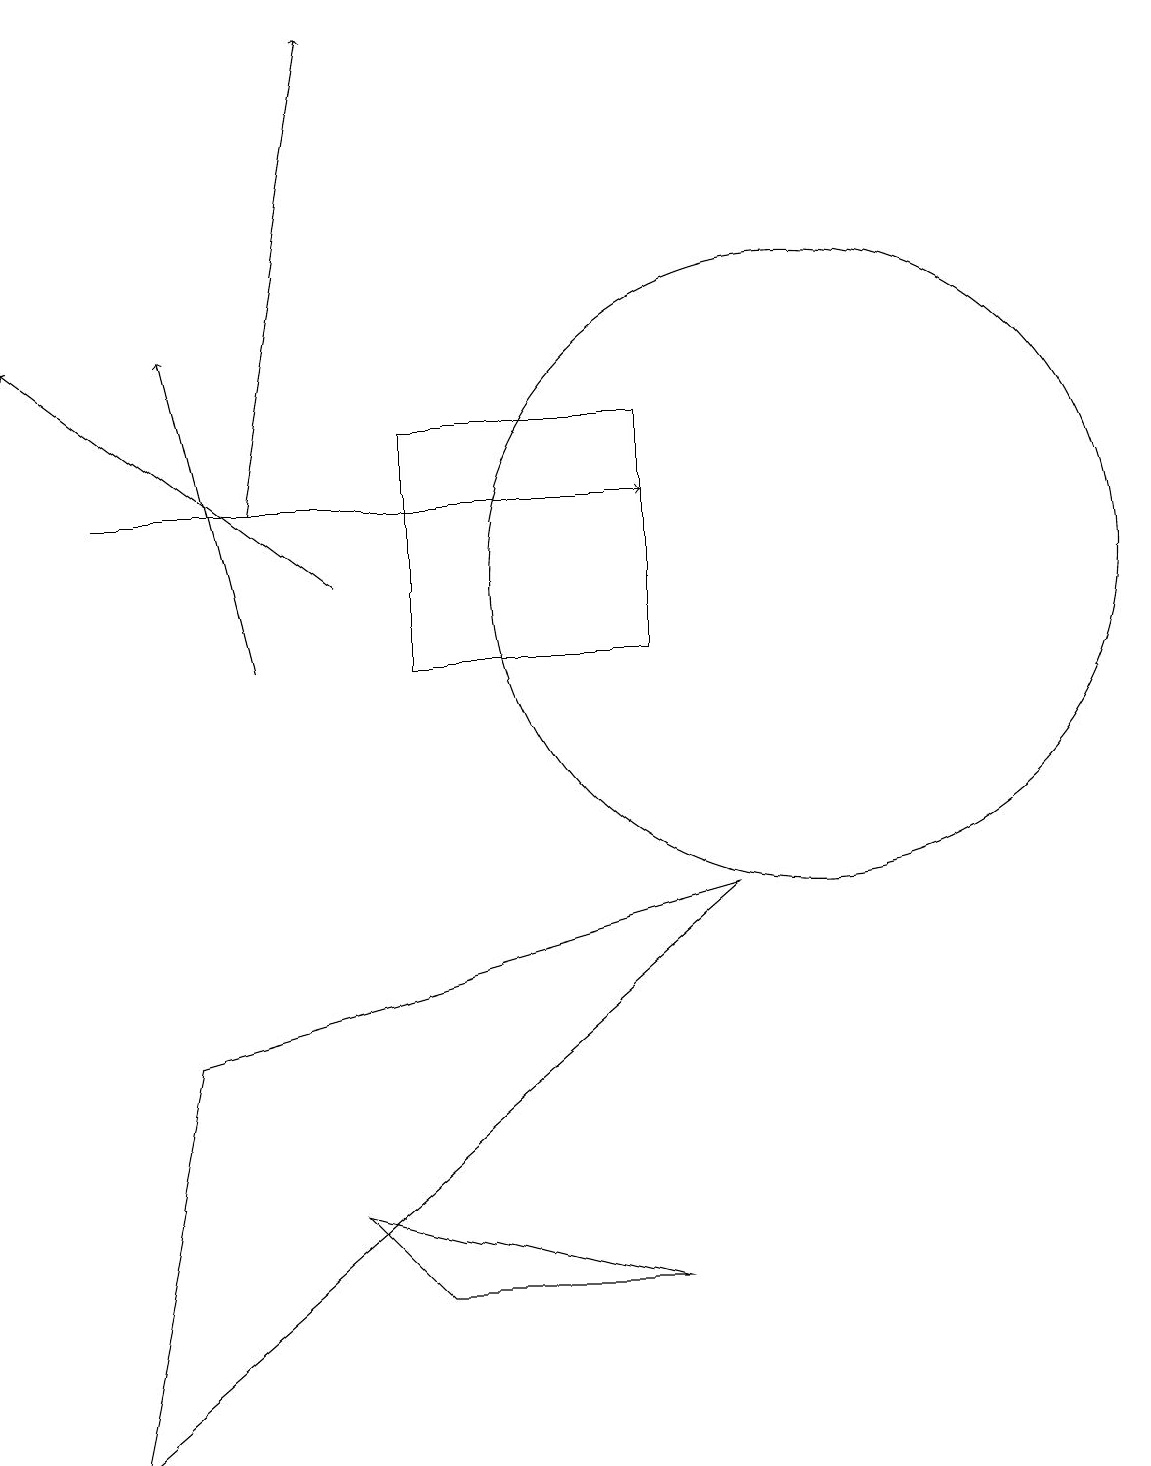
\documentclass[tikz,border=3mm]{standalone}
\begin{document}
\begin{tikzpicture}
\draw[->] (3,11) -- (2,15);
\draw[->] (4,12) -- (0,15);
\draw (8,14) rectangle (5,11);
\draw[->] (1,13) -- (8,13);
\draw (10,12) circle (4);
\draw (2,6) -- (9,8) -- (1,1) -- cycle;
\draw[->] (3,13) -- (4,19);
\draw (5,3) -- (8,3) -- (4,4) -- cycle;
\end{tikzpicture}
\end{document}